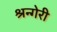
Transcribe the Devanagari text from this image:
श्रन्गेरी